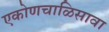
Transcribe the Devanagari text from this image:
एकोणचाळिसावा